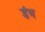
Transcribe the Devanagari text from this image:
डंभ